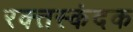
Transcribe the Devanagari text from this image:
रक्त्तस्कंदक